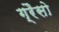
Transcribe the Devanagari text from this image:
ग्रैसो